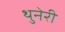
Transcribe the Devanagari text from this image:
थुनेरी